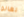
تعالو